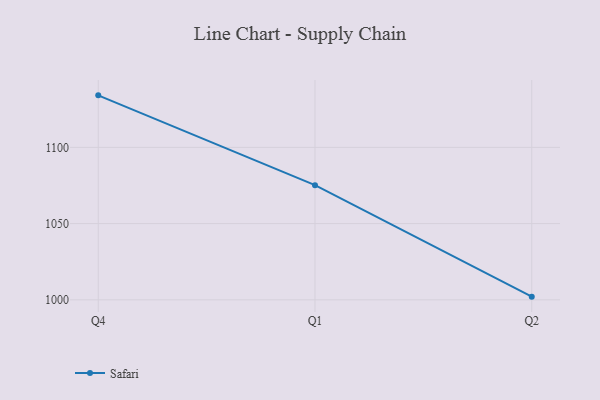
{"axis": {"x": "Quarter", "y": "Energy Usage (MWh)"}, "legend": ["Safari"], "data": [{"x": "Q4", "y": 1134.1, "type": "Safari"}, {"x": "Q1", "y": 1075.2, "type": "Safari"}, {"x": "Q2", "y": 1002.1, "type": "Safari"}]}